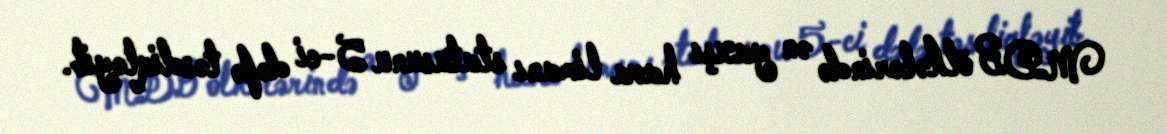
MDB ölkələrində ən yaxşı hava limanı statusunu 5-ci dəfə təsdiqləyib.